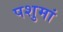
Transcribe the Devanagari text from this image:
पशुमां